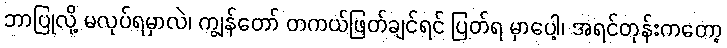
ဘာပြုလို့ မလုပ်ရမှာလဲ၊ ကျွန်တော် တကယ်ဖြတ်ချင်ရင် ပြတ်ရ မှာပေါ့၊ အရင်တုန်းကတော့